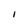
Character: I